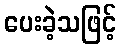
ပေးခဲ့သဖြင့်